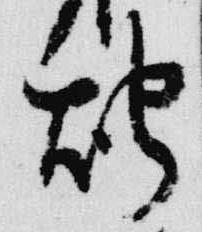
燭